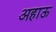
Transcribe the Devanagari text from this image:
अहाऊ